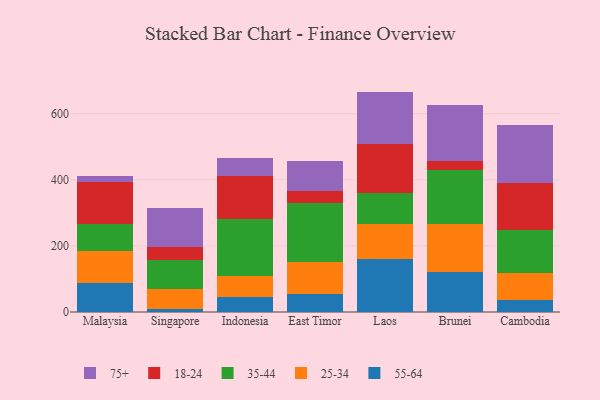
{"axis": {"x": "Country", "y": "Gross Profit (USD K)"}, "legend": ["18-24", "25-34", "35-44", "55-64", "75+"], "data": [{"x": "Malaysia", "y": 86.8, "type": "55-64"}, {"x": "Malaysia", "y": 98.0, "type": "25-34"}, {"x": "Malaysia", "y": 80.2, "type": "35-44"}, {"x": "Malaysia", "y": 129.6, "type": "18-24"}, {"x": "Malaysia", "y": 17.1, "type": "75+"}, {"x": "Singapore", "y": 9.1, "type": "55-64"}, {"x": "Singapore", "y": 61.6, "type": "25-34"}, {"x": "Singapore", "y": 85.7, "type": "35-44"}, {"x": "Singapore", "y": 39.2, "type": "18-24"}, {"x": "Singapore", "y": 120.6, "type": "75+"}, {"x": "Indonesia", "y": 46.7, "type": "55-64"}, {"x": "Indonesia", "y": 63.2, "type": "25-34"}, {"x": "Indonesia", "y": 170.7, "type": "35-44"}, {"x": "Indonesia", "y": 130.4, "type": "18-24"}, {"x": "Indonesia", "y": 54.8, "type": "75+"}, {"x": "East Timor", "y": 54.2, "type": "55-64"}, {"x": "East Timor", "y": 97.8, "type": "25-34"}, {"x": "East Timor", "y": 177.4, "type": "35-44"}, {"x": "East Timor", "y": 37.6, "type": "18-24"}, {"x": "East Timor", "y": 90.3, "type": "75+"}, {"x": "Laos", "y": 161.3, "type": "55-64"}, {"x": "Laos", "y": 105.1, "type": "25-34"}, {"x": "Laos", "y": 93.6, "type": "35-44"}, {"x": "Laos", "y": 149.9, "type": "18-24"}, {"x": "Laos", "y": 157.1, "type": "75+"}, {"x": "Brunei", "y": 121.8, "type": "55-64"}, {"x": "Brunei", "y": 144.3, "type": "25-34"}, {"x": "Brunei", "y": 164.9, "type": "35-44"}, {"x": "Brunei", "y": 25.2, "type": "18-24"}, {"x": "Brunei", "y": 170.5, "type": "75+"}, {"x": "Cambodia", "y": 35.0, "type": "55-64"}, {"x": "Cambodia", "y": 84.5, "type": "25-34"}, {"x": "Cambodia", "y": 127.6, "type": "35-44"}, {"x": "Cambodia", "y": 143.6, "type": "18-24"}, {"x": "Cambodia", "y": 175.9, "type": "75+"}]}